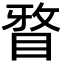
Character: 𭾹